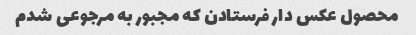
محصول عکس دار فرستادن که مجبور به مرجوعی شدم